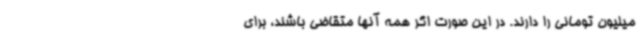
میلیون تومانی را دارند. در این صورت اگر همه آنها متقاضی باشند، برای